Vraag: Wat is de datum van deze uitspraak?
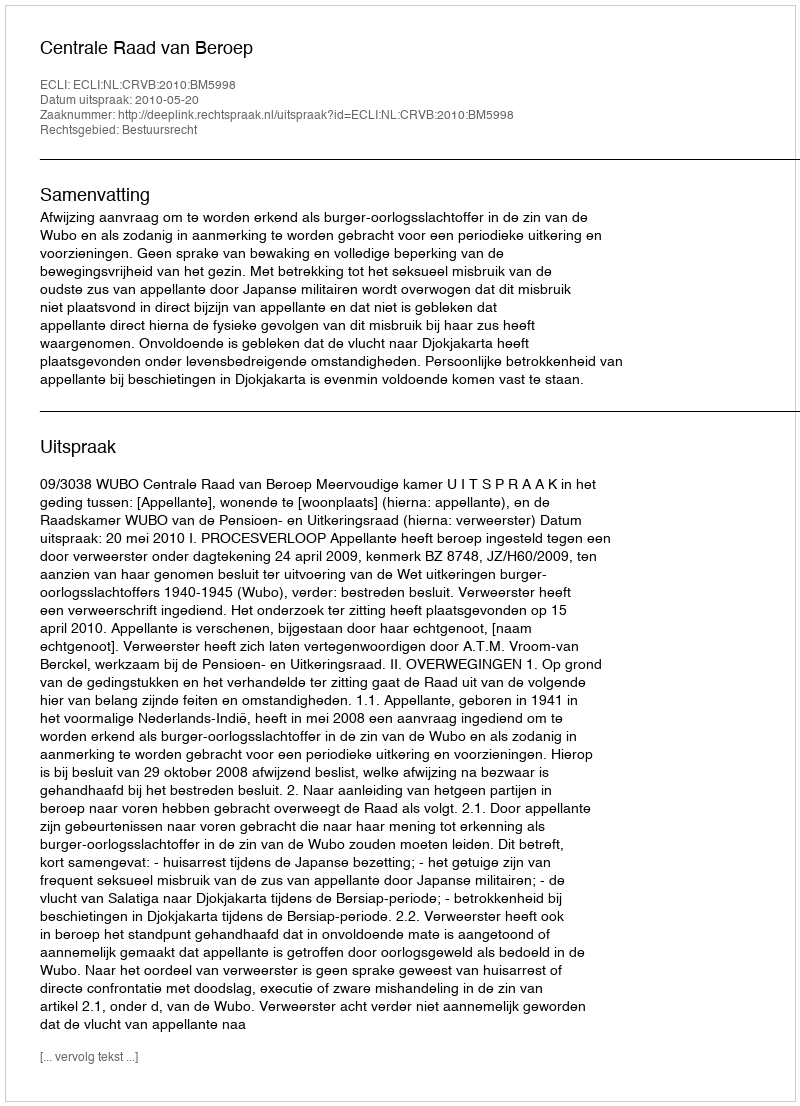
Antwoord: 2010-05-20